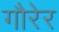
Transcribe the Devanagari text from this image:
गौरेर